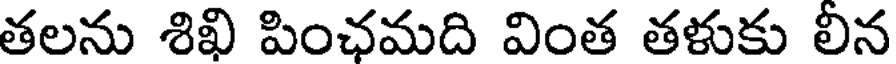
తలను శిఖి పింఛమది వింత తళుకు లీన